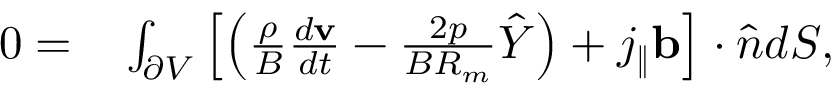
\begin{array} { r l } { 0 = } & { { } \int _ { \partial V } \left[ \left( \frac { \rho } { B } \frac { d \mathbf { v } } { d t } - \frac { 2 p } { B R _ { m } } \hat { Y } \right) + j _ { \| } \mathbf { b } \right] \cdot \hat { n } d S , } \end{array}